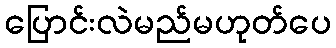
ပြောင်းလဲမည်မဟုတ်ပေ